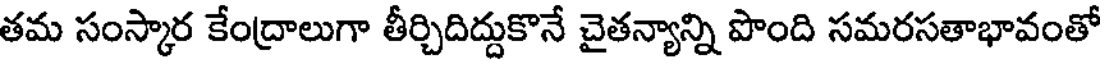
తమ సంస్కార కేంద్రాలుగా తీర్చిదిద్దుకొనే చైతన్యాన్ని పొంది సమరసతాభావంతో